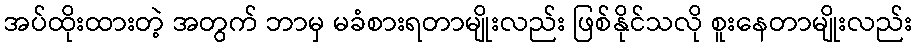
အပ်ထိုးထားတဲ့ အတွက် ဘာမှ မခံစားရတာမျိုးလည်း ဖြစ်နိုင်သလို စူးနေတာမျိုးလည်း